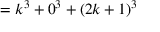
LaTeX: = k ^ { 3 } + 0 ^ { 3 } + ( 2 k + 1 ) ^ { 3 }